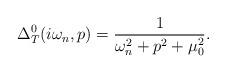
LaTeX: \begin{align*}\Delta_T^0(i\omega_n,p)=\frac{1}{\omega_n^2+p^2+\mu_0^2} .\end{align*}